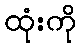
ထုံးကို